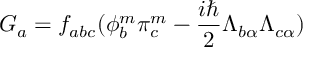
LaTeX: G _ { a } = f _ { a b c } ( \phi _ { b } ^ { m } \pi _ { c } ^ { m } - \frac { i \hbar } { 2 } \Lambda _ { b \alpha } \Lambda _ { c \alpha } )